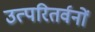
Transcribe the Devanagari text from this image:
उत्परितर्वनों